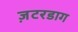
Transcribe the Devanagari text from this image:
ज़टरडाग